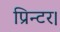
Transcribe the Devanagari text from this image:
प्रिन्टर।